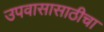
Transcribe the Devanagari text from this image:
उपवासासाठीचा